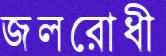
জলরোধী